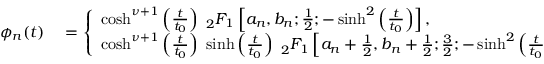
\begin{array} { r l } { \phi _ { n } ( t ) } & { { } = \left\{ \begin{array} { l l } { \cosh ^ { \nu + 1 } \left( \frac { t } { t _ { 0 } } \right) ~ { _ 2 F _ { 1 } } \left[ a _ { n } , b _ { n } ; \frac { 1 } { 2 } ; - \sinh ^ { 2 } \left( \frac { t } { t _ { 0 } } \right) \right] , } & { \mathrm { ~ f ~ o ~ r ~ e ~ v ~ e ~ n ~ n ~ } , } \\ { \cosh ^ { \nu + 1 } \left( \frac { t } { t _ { 0 } } \right) ~ \sinh \left( \frac { t } { t _ { 0 } } \right) ~ { _ 2 F _ { 1 } } \left[ a _ { n } + \frac { 1 } { 2 } , b _ { n } + \frac { 1 } { 2 } ; \frac { 3 } { 2 } ; - \sinh ^ { 2 } \left( \frac { t } { t _ { 0 } } \right) \right] , } & { \mathrm { ~ f ~ o ~ r ~ o ~ d ~ d ~ n ~ } . } \end{array} \right. } \end{array}